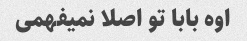
اوه بابا تو اصلا نمیفهمی